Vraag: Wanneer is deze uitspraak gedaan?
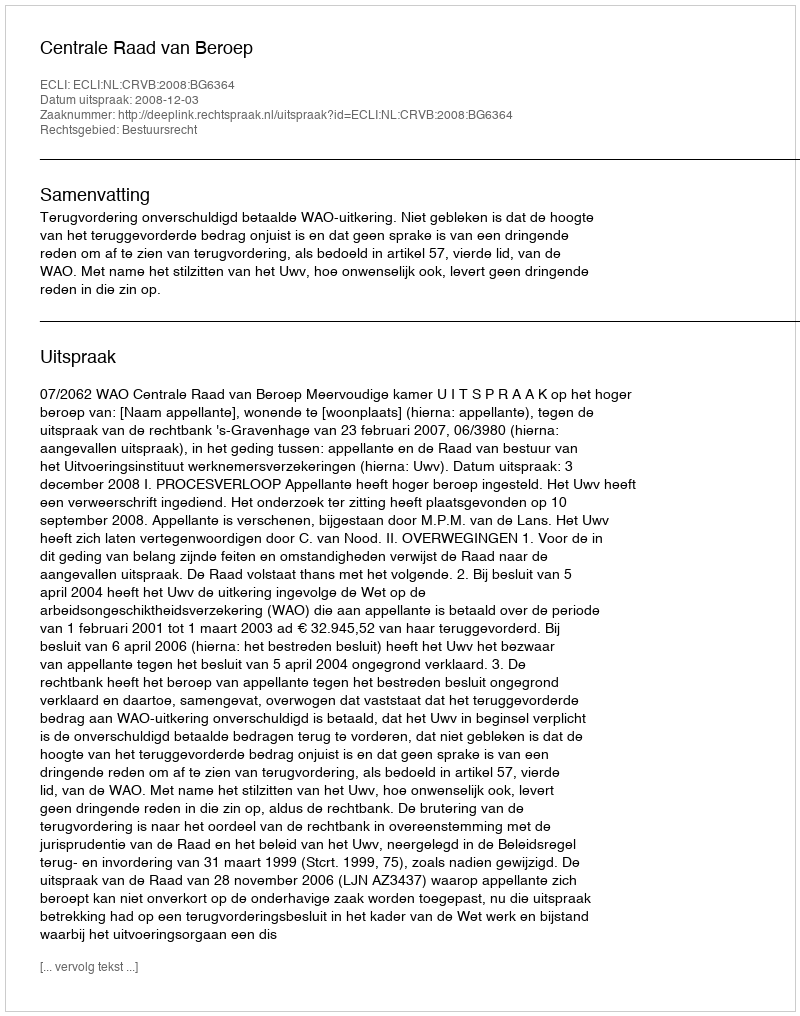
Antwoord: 2008-12-03